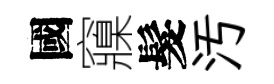
國䆿髮汚